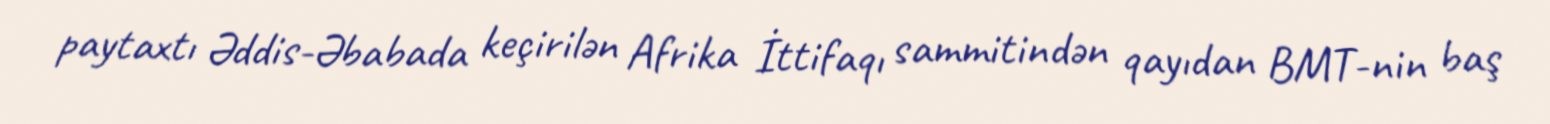
paytaxtı Əddis-Əbabada keçirilən Afrika İttifaqı sammitindən qayıdan BMT-nin baş